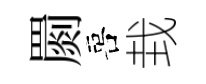
罽喜㘽